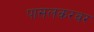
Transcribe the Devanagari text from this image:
पासलकरवर